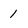
Character: 1